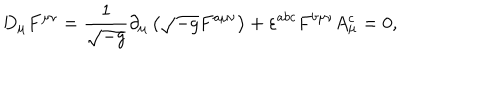
D _ { \mu } F ^ { \mu \nu } = \frac { 1 } { \sqrt { - g } } \partial _ { \mu } \left( \sqrt { - g } F ^ { a \mu \nu } \right) + \varepsilon ^ { a b c } F ^ { b \mu \nu } A _ { \mu } ^ { c } = 0 ,